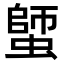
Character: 𧏍